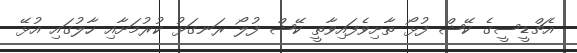
އެޗްޑީސީގެ ކޭޝް ފުޅޯ ތާށިވެފައިވާތީ ކޭޝް ފުލޯ ރަނގަޅު ކުރުމަށާއި ހާލުގައި އުޅޭ